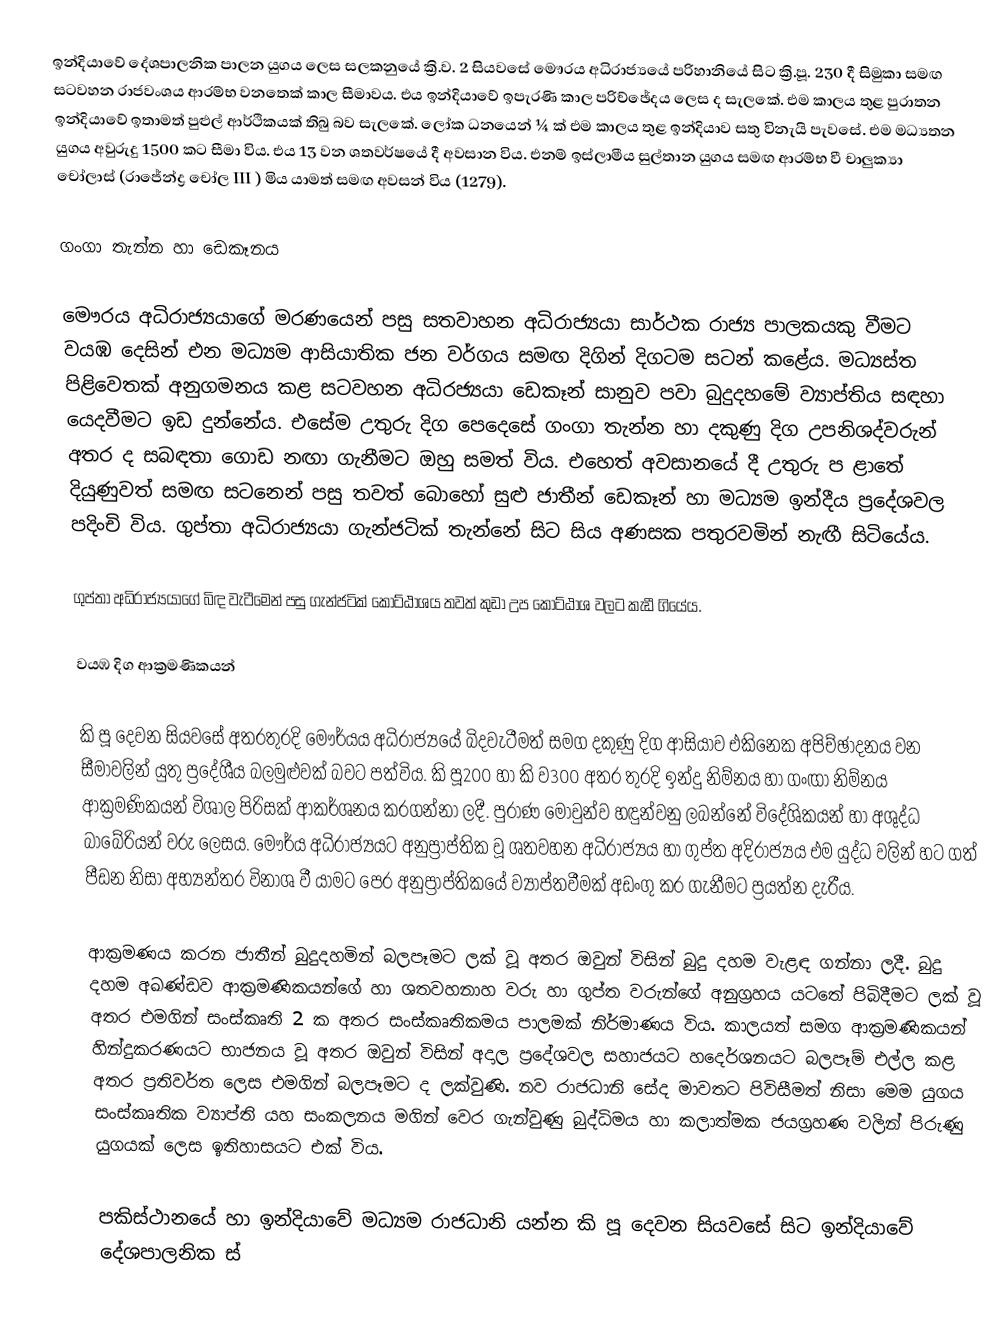
ඉන්දියාවේ ‍දේශපාලනික පාලන යුගය ලෙස සලකනුයේ ක්‍රි.ව. 2 සියවසේ මෞරය අධිරාජ්‍යයේ පරිහානියේ සිට ක්‍රි.පූ. 230 දී සිමුකා සමඟ සටවහන රාජවංශය ආරම්භ වනතෙක් කාල සීමාවය. එය ඉන්දියාවේ ඉපැරණි කාල පරිච්ඡේදය ලෙස  ද සැලකේ. එම කාලය තුළ පුරාතන ඉන්දියාවේ ඉතාමත් පුළුල් ආර්ථිකයක්  තිබු බව සැලකේ. ලෝක ධනයෙන් ¼ ක් එම කාලය තුළ ඉන්දියාව සතු  විනැයි පැවසේ. එම මධ්‍යතන යුගය අවුරුදු 1500 කට සීමා විය. ‍එය 13 වන ශතවර්ෂයේ දී අවසාන විය. එනම් ඉස්ලාමීය සුල්තාන යුගය සමඟ ආරම්භ වී චාලුක්‍යා චෝලාස් (රාජේන්ද්‍ර චෝල III  ) මිය යාමත් සමඟ අවසන් විය (1279).

ගංගා  තැන්න හා ඩෙකෑනය

මෞරය අධිරාජ්‍යයාගේ මරණයෙන් පසු සතවාහන අධිරාජ්‍යයා සාර්ථක රාජ්‍ය පාලකයකු වීමට වයඹ දෙසින් එන මධ්‍යම ආසියාතික ජන වර්ගය සමඟ දිගින් දිගටම සටන් කළේය. මධ්‍යස්ත පිළිවෙතක් අනුගමනය  කළ සටවහන අධිරජ්‍යයා ඩෙකෑන් සානුව පවා බුදුදහමේ ව්‍යාප්තිය සඳහා යෙදවීමට ඉඩ දුන්නේය. එසේම උතුරු දිග පෙදෙසේ ගංගා තැන්න හා දකුණු දිග උපනිශද්වරුන් අතර ද සබඳතා ගොඩ නඟා ගැනීමට ඔහු සමත් විය. එහෙත් අවසානයේ දී  උතුරු ප ළාතේ දියුණුවත් සමඟ සටනෙන් පසු තවත් බොහෝ සුළු ජාතීන් ඩෙකෑන් හා මධ්‍යම ඉන්දීය ප්‍රදේශවල  පදිංචි විය. ගුප්තා අධිරාජ්‍යයා ගැන්ජටික් තැන්නේ සිට සිය අණසක පතුරවමින් නැඟී සිටියේය.

ගුප්තා අධිරාජ්‍යයාගේ බිඳ වැටීමෙන් පසු ගැන්ජටික් කොට්ඨාශය තවත් කුඩා උප කොට්ඨාශ වලට කැඩී ගියේය.

වයඹ දිග ආක්‍රමණිකයන්

කි පූ දෙවන සියවසේ අතරතුරදි මෞර්යය අධිරාජ්‍යයේ බිදවැටීමත් සමග දකුණු දිග ආසියාව එකිනෙක අපිච්ඡාදනය වන සීමා‍වලින් යුතු ප්‍රදේශීය බලමුළුවක් බවට පත්විය. කි පූ200 හා කි ව300 අතර තුරදි ඉන්දු නිම්නය හා ගංඟා නිම්නය ආක්‍රමණිකයන් විශාල පිරිසක් ආකර්ශනය කරගන්නා ලදී. පුරාණ මොවුන්ව හඳුන්වනු ලබන්නේ විදේශිකයන් හා අශුද්ධ බාබේරියන් වරු ලෙසය. මෞර්ය අධිරාජ්‍යයට අනුප්‍රාප්තික වූ ශතවහන අධිරාජ්‍යය හා ගුප්ත අදිරාජ්‍යය එම යුද්ධ  වලින් හට ගත් පීඩන නිසා අභ්‍යන්තර විනාශ වී යාමට පෙර අනුප්‍රාප්තිකයේ ව්‍යාප්තවීමක් අඩංගු කර ගැනීමට ප්‍රයත්න දැරීය.

ආක්‍රමණය කරන ජාතීන් බුදුදහමින් බලපෑම‍ට ලක් වූ අතර ඔවුන් විසින් බුදු දහම වැළඳ ගන්නා ලදී. බුදු දහම අඛණ්ඩව ආක්‍රමණිකයන්ගේ හා ශතවහනාහ වරු හා ගුප්ත වරුන්ගේ අනුග්‍රහය යටතේ පිබිදීමට ලක් වූ අතර එමගින් සංස්කෘති 2 ක අතර සංස්කෘතිකමය පාලමක් නිර්මාණය විය. කාලයත් සමග ආක්‍රමණිකයන් හින්දුකරණයට භාජනය වූ අතර ඔවුන් විසින් අදාල ප්‍රදේශවල සහාජයට හ‍දෙර්ශනයට බලපෑම් එල්ල කළ අතර ප්‍රතිවර්ත ලෙස එමගින් බලපෑමට ද ලක්වුණි. නව රාජධානි සේද මාවතට පිවිසීමත් නිසා මෙම යුගය සංස්කෘතික ව්‍යාප්ති යහ සංකලනය මගින් වෙර ගැන්වුණු බුද්ධිමය හා කලාත්මක ජයග්‍රහණ වලින් පිරුණු යුගයක් ලෙස ඉතිහාසයට එක් විය.

පකිස්ථානයේ හා ඉන්දියාවේ මධ්‍යම රාජධානි යන්න කි පූ දෙවන සියවසේ සිට ඉන්දියාවේ දේශපාලනික ස්